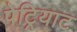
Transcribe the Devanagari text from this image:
पेट्रियाट